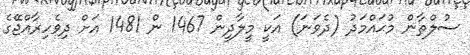
ސުލްޠާން މުޙައްމަދު (ދެވަނަ) އަކީ މީލާދީން 1467 ން 1481 އަށް ދިވެހިރާއްޖޭގެ